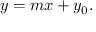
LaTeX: y = m x + y _ { 0 } .